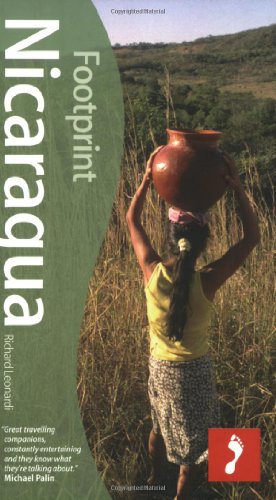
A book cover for Footprint Nicaragua (Nicaragua Guidebook) (Nicaragua Travel Guide); Richard Leonardi; Travel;